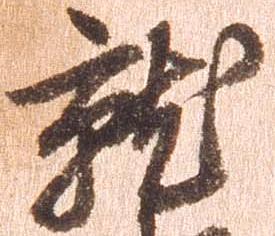
就